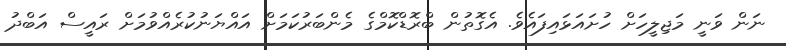
ނަން ވަނީ މަޖިލީހަށް ހުށައަޅައިފައެވެ. އެގޮތުން ބްރޮޑްކޮމްގެ މެންބަރުކަމަށް އައްޔަނުކުރެއްވުމަށް ރައީސް އަބްދު